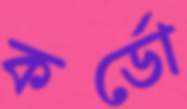
কর্ডো